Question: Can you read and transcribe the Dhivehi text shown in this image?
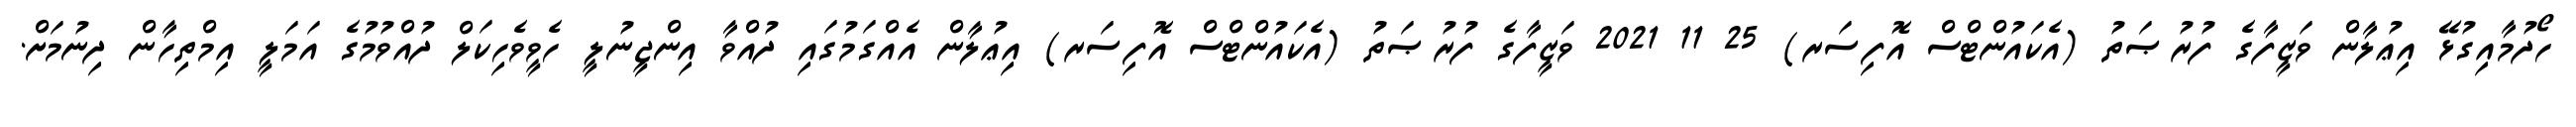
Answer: ހޯދުމާއިގުޅޭ އިޢުލާން ވަޒީފާގެ ފުރުޞަތު (އެކައުންޓްސް އޮފިސަރ) 25 11 2021 ވަޒީފާގެ ފުރުޞަތު (އެކައުންޓްސް އޮފިސަރ) އިޢުލާން އެއްގަމުގައި ދުއްވާ އިންޖީނުލީ ހެވީވެހިކަލް ދުއްވުމުގެ އަމަލީ އިމްތިހާން ދިނުމަށް.